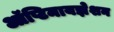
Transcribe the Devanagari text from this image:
ऑप्टिमायझेशन